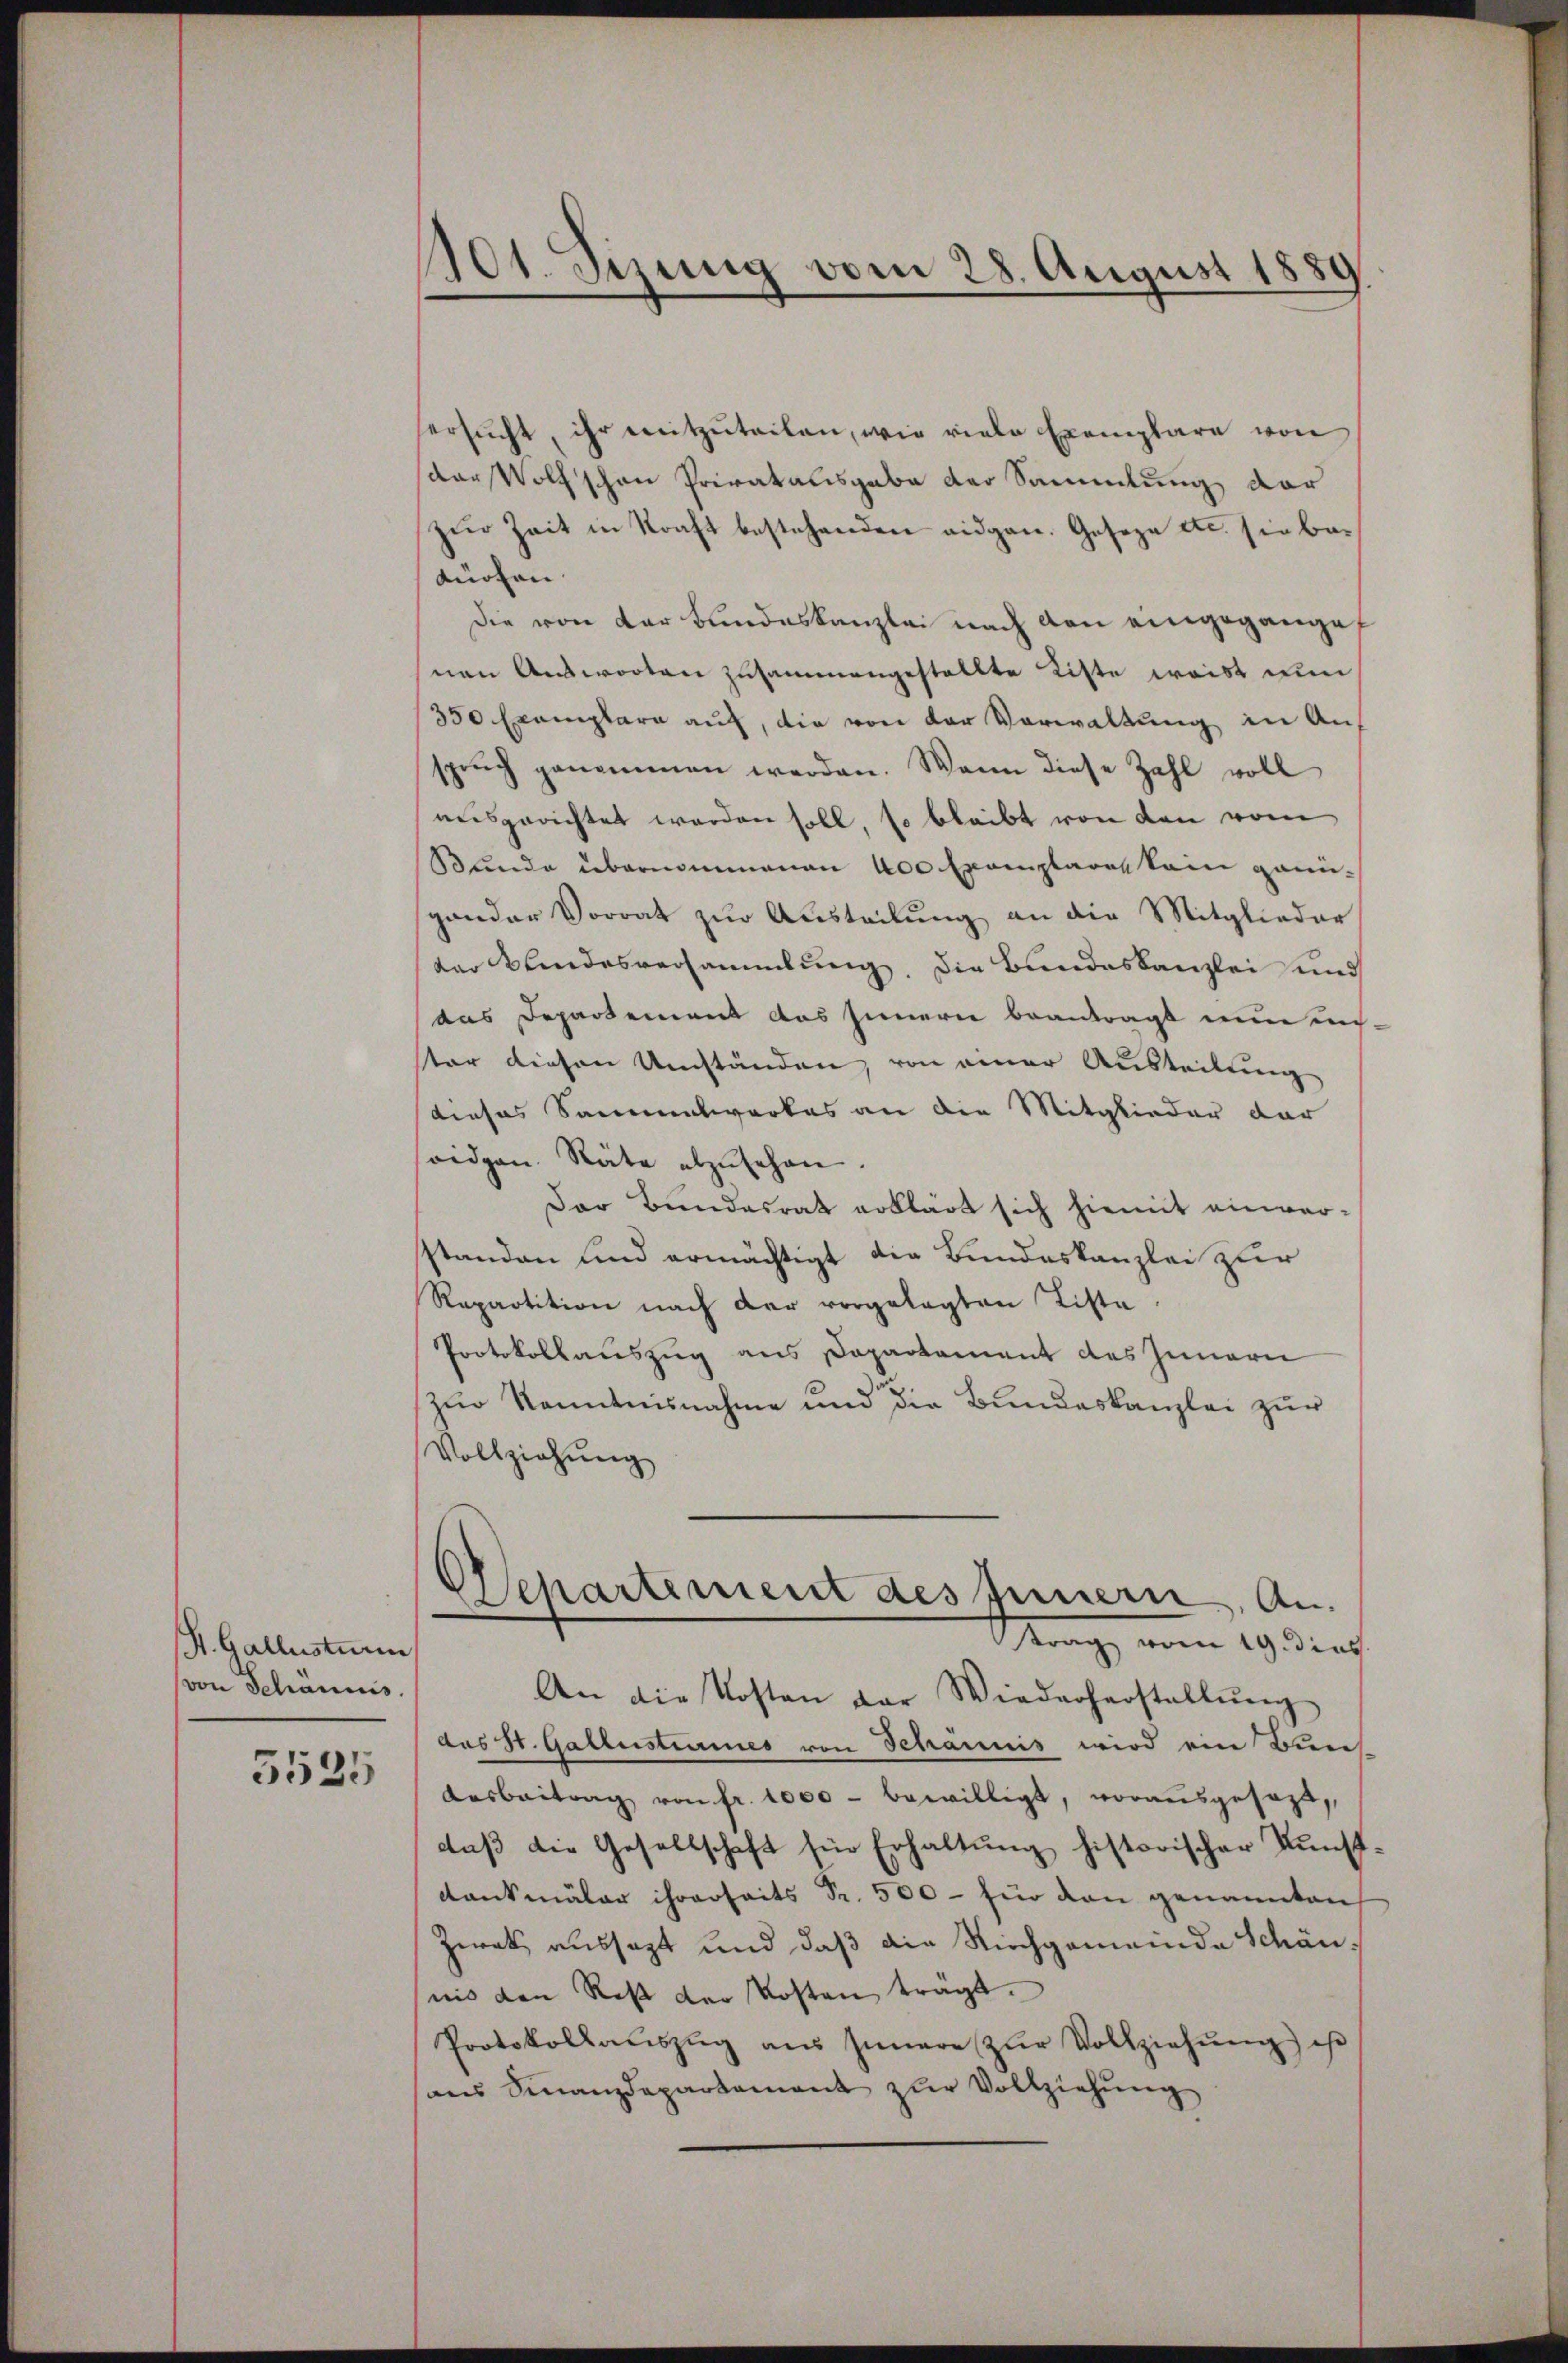
St. Gallusturin
von Schannis.

5535

101. Sizung vom 28. August 1889

ersŭcht, ihr mitzuteilen, wie viele Exemplare von
der Wolf schon Privatausgabe der Sammlung der
zŭr Zeit in Kraft bestehenden eidgen. Gosoza etc. sie be¬
Kürten
Die von der Bundeskanzlei nach den eingegangesnen Ausworten zusammengestellte Liste weist ni
350 Exemplare auf, die von der Vorwaltung in Auf
sprŭch genommen werden. Wann diese Zahl voll
ausgerichtet werden soll, so bleibt von den vom
Bunde übernommenen 400 Exemplares kein ganugander Vorrat zur Austeilung an die Mitglieder
der Kindesversammlung. Die Bundeskanzlei und
das Departement das Innern beantragt nun uns.
ster diesen Umständen, von einer Austeilung
dieses Sammentwerkes an die Mitglieder der
soidgen. Räte abzŭsehen.
Der Bundesrat erklärt sich hiemit einver-
standen und ermächtigt die Bundeskanzlei zur
Repartition nach der vorgelegten Tista
Protokollauszug aus Dapartement des Innern
zur Kenntnisnahme und die Bundeskanzlei zur
Vollziehŭng
Separtement des Innern, An
Krage, vom 19. dies
An die Kosten der Wiederherstellŭng
das St. Gallustiarines von Schannis wird ein Bun
Aarbeitrag von fr. 1000 - bewilligt, vorausgesagt,
daβ die Gesellschaft für Erhaltŭng historischer Kunst.
Dankmäler ihrerseits Fr. 500 - für den genannten
Zwek aussagt und daß die Kirchgemeinde Schönnis den Rest der Kosten tragt.
Protokollaŭszŭg aŭs Innere zŭr Vollziehŭng ist
ans Finanzdepartament zur Vollziehung